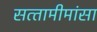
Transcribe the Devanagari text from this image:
सत्‍तामीमांसा